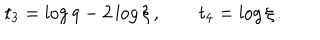
LaTeX: \ t _ { 3 } = \log q - 2 \log \xi \, , \qquad t _ { 4 } = \log \xi \, .